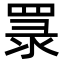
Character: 𦋏